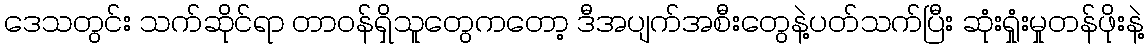
ဒေသတွင်း သက်ဆိုင်ရာ တာဝန်ရှိသူတွေကတော့ ဒီအပျက်အစီးတွေနဲ့ပတ်သက်ပြီး ဆုံးရှုံးမှုတန်ဖိုးနဲ့